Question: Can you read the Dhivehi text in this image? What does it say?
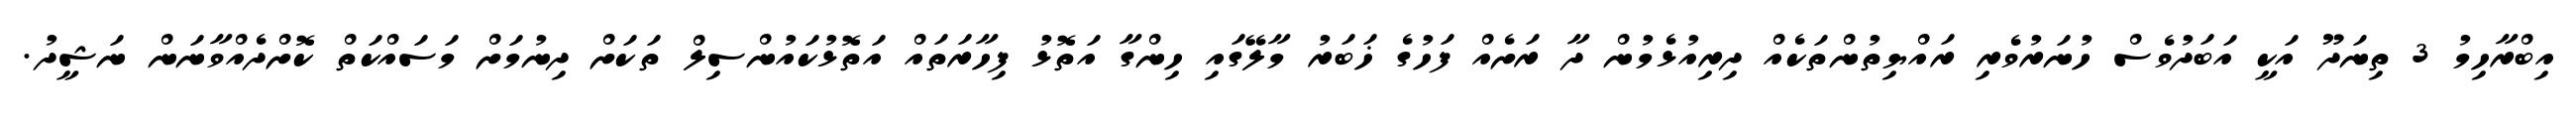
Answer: އިބްރާހިމު 3 ތިނަދޫ އަކީ އަބަދުވެސް ހުނަރުވެރި ރައްޔިތުންތަކެއް ދިރިއުޅެމުން ދާ ރަށެއް ފަހުގެ ޚަބަރު މާލޭގައި ހިންގާ އަތޮޅު ފިހާރަތައް އަތޮޅުކައުންސިލް ތަކަށް ދިނުމަށް މަސައްކަތް ކޮށްދެއްވާނަން ނަޝީދު.